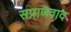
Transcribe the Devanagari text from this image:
सप्राणवाद